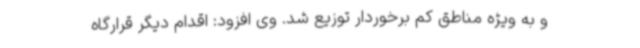
و به ویژه مناطق کم برخوردار توزیع شد. وی افزود: اقدام دیگر قرارگاه